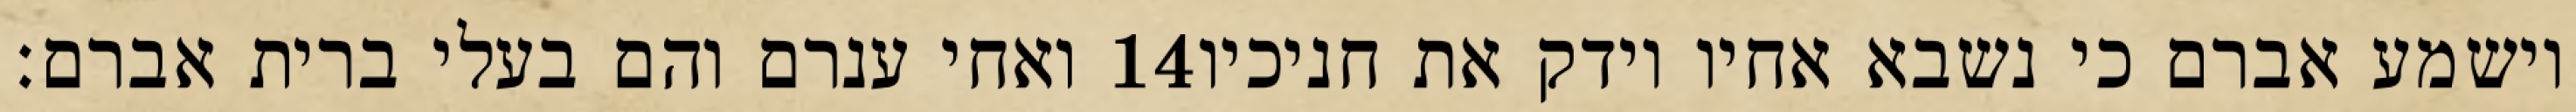
ואחי ענרם והם בעלי ברית אברם׃ ‎14‏ וישמע אברם כי נשבא אחיו וידק את חניכיו